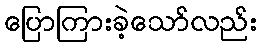
ပြောကြားခဲ့သော်လည်း